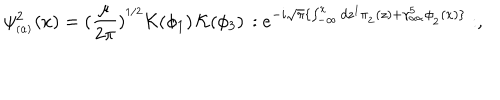
LaTeX: \psi _ { _ { ( \alpha ) } } ^ { 2 } ( x ) = ( \frac { \mu } { 2 \pi } ) ^ { ^ { 1 / 2 } } { \cal K } ( \phi _ { 1 } ) \, { \cal K } ( \phi _ { 3 } ) \, : e ^ { - i \sqrt { \pi } \{ \int _ { - \infty } ^ { x } d z ^ { 1 } \pi _ { _ 2 } ( z ) + \gamma _ { _ { \alpha \alpha } } ^ { 5 } \phi _ { _ 2 } ( x ) \} } : ,